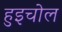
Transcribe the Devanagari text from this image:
हुइचोल